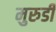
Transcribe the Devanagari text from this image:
मुरुडी